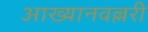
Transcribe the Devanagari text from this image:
आख्यानवल्लरी